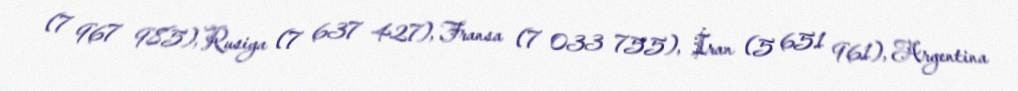
(7 967 985), Rusiya (7 637 427), Fransa (7 033 755), İran (5 651 961), Argentina